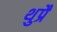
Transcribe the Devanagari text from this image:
थुप्रै